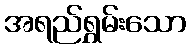
အရည်ရွှမ်းသော